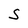
Character: S